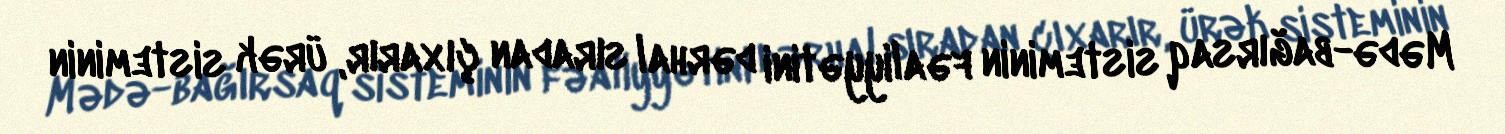
Mədə-bağırsaq sisteminin fəaliyyətini dərhal sıradan çıxarır, ürək sisteminin